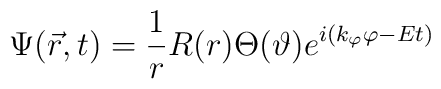
\Psi (\vec r,t)=\frac 1rR(r)\Theta (\vartheta )e^{i(k_\varphi\varphi -Et)}